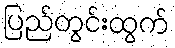
ပြည်တွင်းထွက်